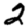
Digit: 2